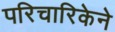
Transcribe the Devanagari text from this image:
परिचारिकेने